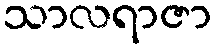
သာလရာဇာ